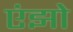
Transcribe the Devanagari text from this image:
एंझो